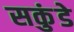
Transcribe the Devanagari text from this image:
सकुंडे